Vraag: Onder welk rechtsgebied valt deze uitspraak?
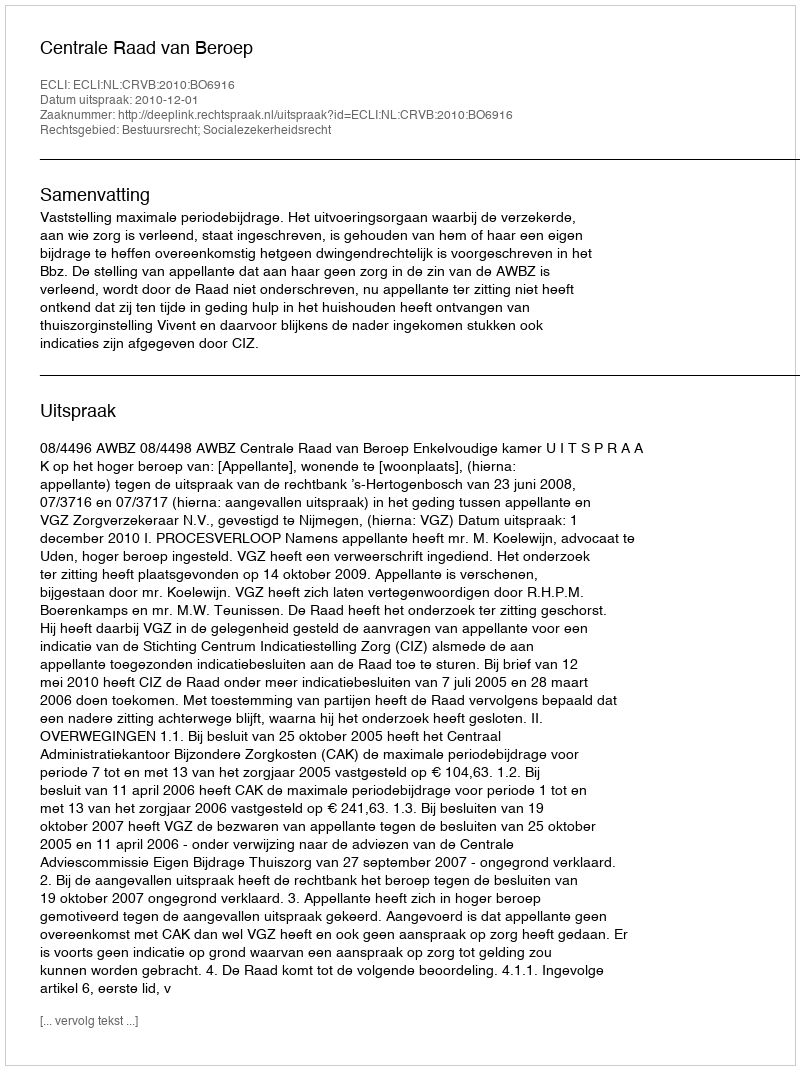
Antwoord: Bestuursrecht; Socialezekerheidsrecht